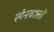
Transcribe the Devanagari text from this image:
स्पेनवालों